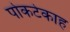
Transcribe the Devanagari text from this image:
पोकटेकाह